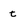
Character: t